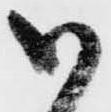
御